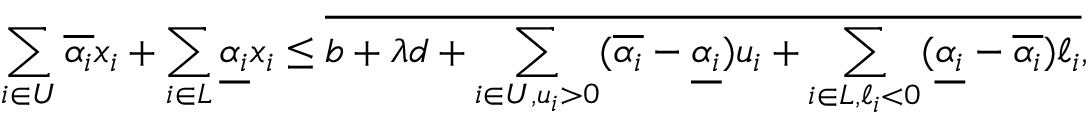
\sum _ { i \in U } \overline { { \alpha _ { i } } } x _ { i } + \sum _ { i \in L } \underline { { \alpha _ { i } } } x _ { i } \le \overline { { b + \lambda d + \sum _ { i \in U , u _ { i } > 0 } ( \overline { { \alpha _ { i } } } - \underline { { \alpha _ { i } } } ) u _ { i } + \sum _ { i \in L , \ell _ { i } < 0 } ( \underline { { \alpha _ { i } } } - \overline { { \alpha _ { i } } } ) \ell _ { i } } } ,